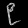
Digit: ၉